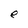
Character: e